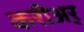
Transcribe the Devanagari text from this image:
करीअर्